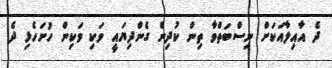
ދެ އާއިލާއަކަށް ނިސްބަތްވާ ތިން ކުދިން ގެންދިޔައީ ވަކި ވަކިން ހުށަހެޅި ދެ